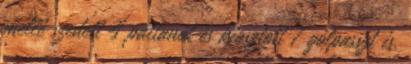
mellé szedett 4 pattanót és kiosztott 7 gólpasszt is.